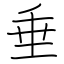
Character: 垂